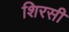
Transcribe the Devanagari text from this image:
शिरसी